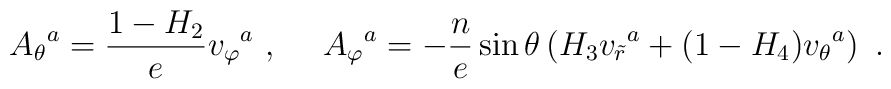
{A_{\theta}}^a= \frac{1-H_2}{e} {v_{\varphi}}^a\ , \ \ \ \ {A_{\varphi}}^a=- \frac{n}{e}\sin\theta \left(H_3{v_{\tilde{r}}}^a+(1-H_4) {v_{\theta}}^a \right)\ .